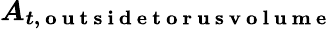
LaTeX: \boldsymbol{A_{t,\mathrm{~o~u~t~s~i~d~e~t~o~r~u~s~v~o~l~u~m~e~}}}